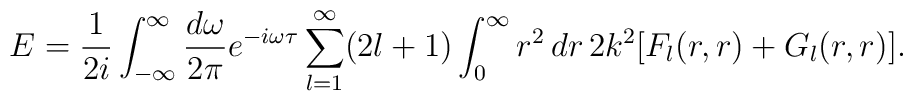
E={1\over2i}\int_{-\infty}^\infty{d\omega\over2\pi}e^{-i\omega\tau}\sum_{l=1}^\infty(2l+1)\int_0^\infty r^2\,dr\,2k^2[F_l(r,r)+G_l(r,r)].